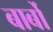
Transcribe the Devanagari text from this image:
बार्बो